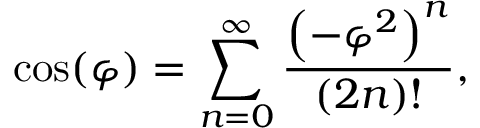
\cos ( \varphi ) = \sum _ { n = 0 } ^ { \infty } { \frac { \left( - \varphi ^ { 2 } \right) ^ { n } } { ( 2 n ) ! } } ,